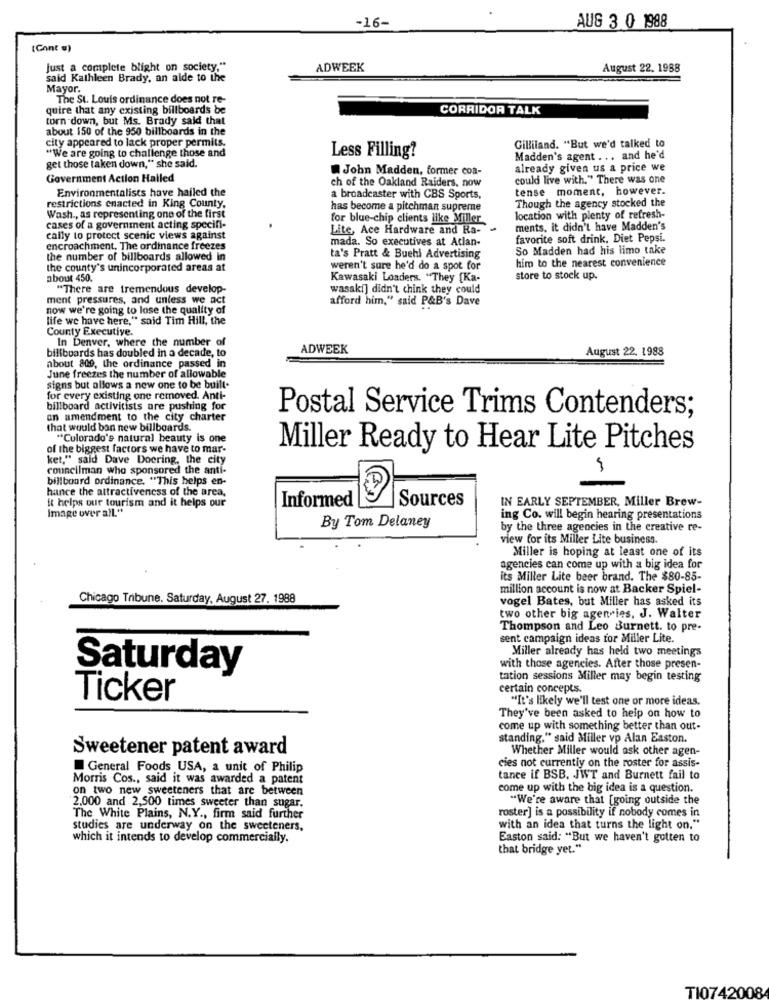
AUG 3 0 1988
-16-
(Cont @)
just a complete blight on society."
ADWEEK
August 22. 1988
said Kathleen Brady, an aide to the
Mayor.
The St. Louis ordinance does not re-
quire that any existing billboards be
CORRIDOR TALK
torn down, but Ms. Brady said that
about 150 of the 950 billboards in the
city appeared to lack proper permits.
"We are going to challenge those and
Gilliland. "But we'd talked to
Less Filling?
Madden's agent ... and he'd
get those taken down," she said.
John Madden, former coa-
already given us a price we
Government Action Hailed
ch of the Oakland Raiders, now
could live with." There was one
Environmentalists have hailed the
tense moment, however.
restrictions enacted in King County,
a broadeaster with CBS Sports,
Though the agency stocked the
has become a pitchman supreme
Wash ., as representing one of the first
for blue-chip clients like Miller
location with plenty of refresh-
cases of a government acting specifi-
Lite, Ace Hardware and Ra- -
ments, it didn't have Madden's
cally to protect scenic views against
mada. So executives at Atlan-
favorite soft drink, Diet Pepsi.
encroachment. The ordinance freezes
So Madden had his limo take
the number of billboards allowed in
ta's Pratt & Buehl Advertising
him to the nearest convenience
the county's unincorporated areas at
weren't sure he'd do a spot for
about 450.
Kawasaki Loaders. "They [Ka-
store to stock up.
"There are tremendous develop-
wasaki] didn't think they could
ment pressures, and unless we act
afford him," said P&B's Dave
now we're going to lose the quality of
life we have here," said Tim Hill, the
County Executive.
In Denver, where the number of
billboards has doubled in a decade, to
ADWEEK
August 22. 1988
about 800, the ordinance passed in
June freezes the number of allowable
signs but allows a new one to be built-
for every existing one removed. Anti-
billboard activitists are pushing for
an amendment to the city charter
Postal Service Trims Contenders;
that would ban new billboards.
"Colorado's natural beauty is one
of the biggest factors we have to mar-
Miller Ready to Hear Lite Pitches
ket," said Dave Docring, the city
councilman who sponsored the anti-
billboard ordinance. "This helps en-
hance the attractiveness of the area,
it helps our tourism and it helps our
Informed
Sources
IN EARLY SEPTEMBER, Miller Brew-
Image over all."
ing Co. will begin hearing presentations
By Tom Delaney
by the three agencies in the creative re-
view for its Miller Lite business.
Miller is hoping at least one of its
agencies can come up with a big idea for
its Miller Lite beer brand. The $80-85-
million account is now at Backer Spiel-
Chicago Tribune. Saturday, August 27. 1988
vogel Bates, but Miller has asked its
two other big agen ies, J. Walter
Thompson and Leo Burnett. to pre-
sent campaign ideas for Miller Lite.
Miller already has held two meetings
Saturday
with those agencies. After those presen-
tation sessions Miller may begin testing
certain concepts.
Ticker
"It's likely we'll test one or more ideas.
They've been asked to help on how to
come up with something better than out-
standing." said Miller vp Alan Baston.
Sweetener patent award
Whether Miller would ask other agen-
cies not currently on the roster for assis-
General Foods USA, a unit of Philip
Morris Cos ., said it was awarded a patent
tance if BSB. JWT and Burnett fail to
on two new sweeteners that are between
come up with the big idea is a question.
"We're aware that [going outside the
2.000 and 2,500 times sweeter than sugar.
roster] is a possibility if nobody comes in
The White Plains, N.Y ., firm said further
studies are underway on the sweeteners,
with an idea that turns the light on."
which it intends to develop commercially.
Easton said: "But we haven't gotten to
that bridge yet."
TI0742008